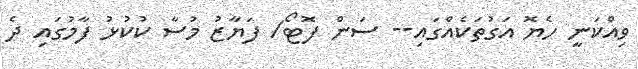
ވިއްކަނީ ހެޔޮ އަގުތަކެއްގައި-- ސަން ފޮޓޯ/ ފަޔާޒު މުސާ ކުކުޅު ފާމުގައި ދެ